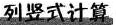
列竖式计算